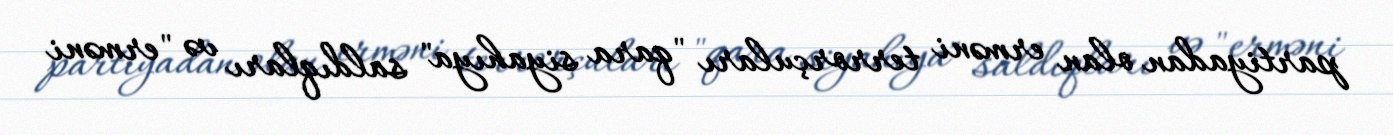
partiyadan olan erməni terrorçuları "qara siyahıya" saldıqları və "erməni